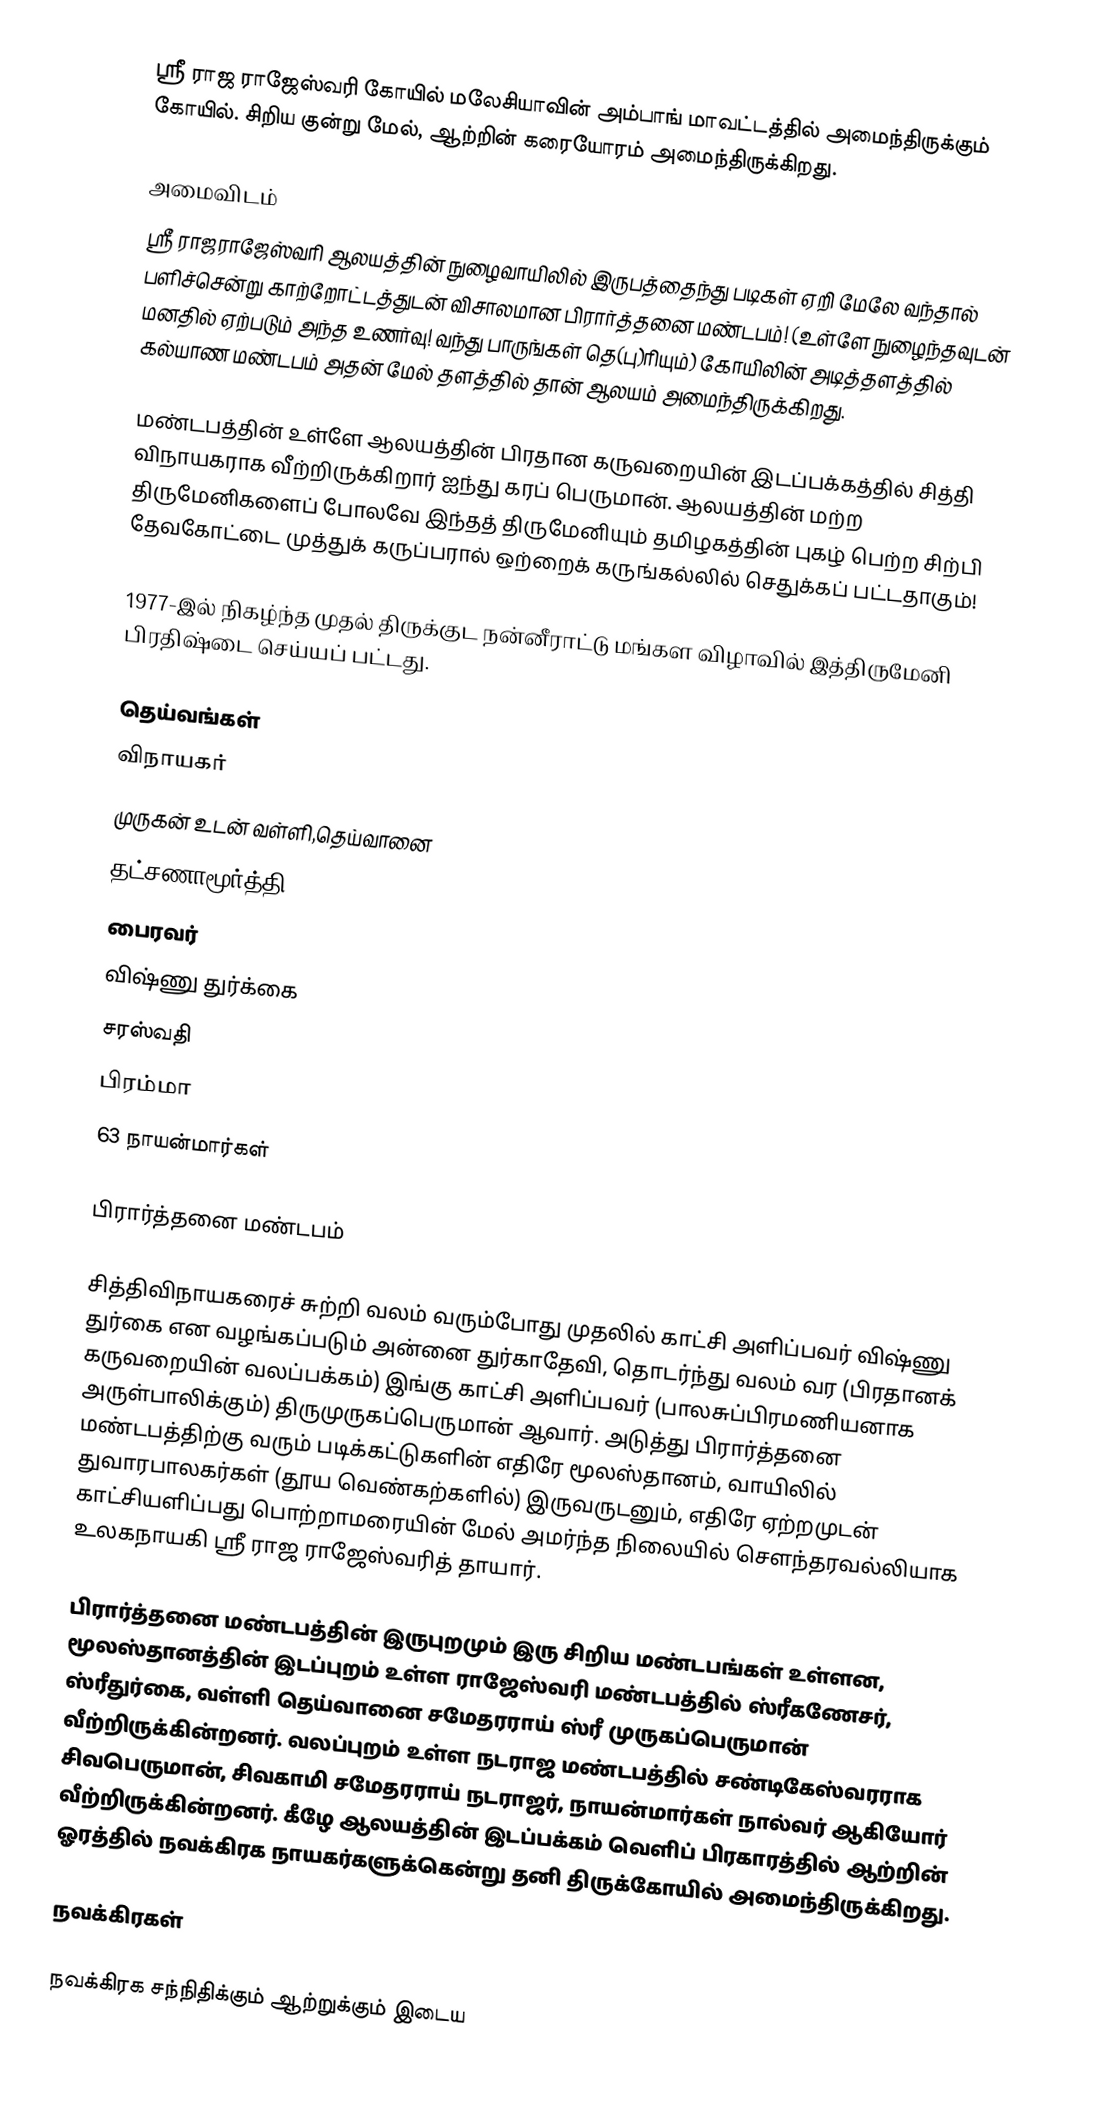
ஸ்ரீ ராஜ ராஜேஸ்வரி கோயில் மலேசியாவின் அம்பாங் மாவட்டத்தில் அமைந்திருக்கும் கோயில். சிறிய குன்று மேல், ஆற்றின் கரையோரம் அமைந்திருக்கிறது.

அமைவிடம்
ஸ்ரீ ராஜராஜேஸ்வரி ஆலயத்தின் நுழைவாயிலில் இருபத்தைந்து படிகள் ஏறி மேலே வந்தால் பளிச்சென்று காற்றோட்டத்துடன் விசாலமான பிரார்த்தனை மண்டபம்! (உள்ளே நுழைந்தவுடன் மனதில் ஏற்படும் அந்த உணர்வு! வந்து பாருங்கள் தெ(பு)ரியும்) கோயிலின் அடித்தளத்தில் கல்யாண மண்டபம் அதன் மேல் தளத்தில் தான் ஆலயம் அமைந்திருக்கிறது.

மண்டபத்தின் உள்ளே ஆலயத்தின் பிரதான கருவறையின் இடப்பக்கத்தில் சித்தி விநாயகராக வீற்றிருக்கிறார் ஐந்து கரப் பெருமான். ஆலயத்தின் மற்ற திருமேனிகளைப் போலவே இந்தத் திருமேனியும் தமிழகத்தின் புகழ் பெற்ற சிற்பி தேவகோட்டை முத்துக் கருப்பரால் ஒற்றைக் கருங்கல்லில் செதுக்கப் பட்டதாகும்!

1977-இல் நிகழ்ந்த முதல் திருக்குட நன்னீராட்டு மங்கள விழாவில் இத்திருமேனி பிரதிஷ்டை செய்யப் பட்டது.

தெய்வங்கள்
 விநாயகர்
 முருகன் உடன் வள்ளி,தெய்வானை
 தட்சணாமூர்த்தி
 பைரவர்
 விஷ்ணு துர்க்கை
 சரஸ்வதி
 பிரம்மா
 63 நாயன்மார்கள்

பிரார்த்தனை மண்டபம்

சித்திவிநாயகரைச் சுற்றி வலம் வரும்போது முதலில் காட்சி அளிப்பவர் விஷ்ணு துர்கை என வழங்கப்படும் அன்னை துர்காதேவி, தொடர்ந்து வலம் வர (பிரதானக் கருவறையின் வலப்பக்கம்) இங்கு காட்சி அளிப்பவர் (பாலசுப்பிரமணியனாக அருள்பாலிக்கும்) திருமுருகப்பெருமான் ஆவார். அடுத்து பிரார்த்தனை மண்டபத்திற்கு வரும் படிக்கட்டுகளின் எதிரே மூலஸ்தானம், வாயிலில் துவாரபாலகர்கள் (தூய வெண்கற்களில்) இருவருடனும், எதிரே ஏற்றமுடன் காட்சியளிப்பது பொற்றாமரையின் மேல் அமர்ந்த நிலையில் சௌந்தரவல்லியாக உலகநாயகி ஸ்ரீ ராஜ ராஜேஸ்வரித் தாயார்.

பிரார்த்தனை மண்டபத்தின் இருபுறமும் இரு சிறிய மண்டபங்கள் உள்ளன, மூலஸ்தானத்தின் இடப்புறம் உள்ள ராஜேஸ்வரி மண்டபத்தில் ஸ்ரீகணேசர், ஸ்ரீதுர்கை, வள்ளி தெய்வானை சமேதரராய் ஸ்ரீ முருகப்பெருமான் வீற்றிருக்கின்றனர். வலப்புறம் உள்ள நடராஜ மண்டபத்தில் சண்டிகேஸ்வரராக சிவபெருமான், சிவகாமி சமேதரராய் நடராஜர், நாயன்மார்கள் நால்வர் ஆகியோர் வீற்றிருக்கின்றனர். கீழே ஆலயத்தின் இடப்பக்கம் வெளிப் பிரகாரத்தில் ஆற்றின் ஓரத்தில் நவக்கிரக நாயகர்களுக்கென்று தனி திருக்கோயில் அமைந்திருக்கிறது.

நவக்கிரகள்

நவக்கிரக சந்நிதிக்கும் ஆற்றுக்கும் இடைய